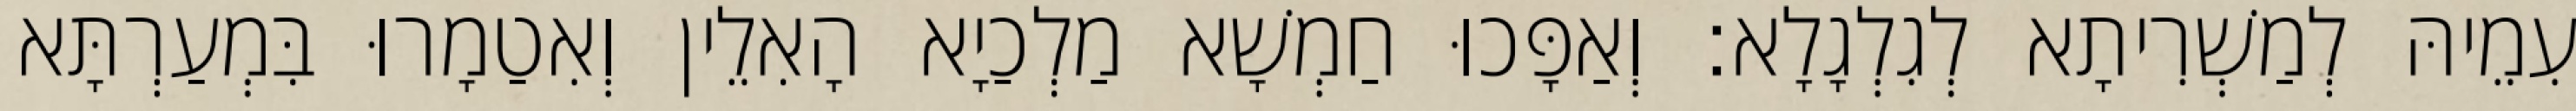
עִמֵיהּ לְמַשְׁרִיתָא לְגִלְגָלָא׃ וְאַפָּכוּ חַמְשָׁא מַלְכַיָא הָאִלֵין וְאִטַמָרוּ בִּמְעַרְתָּא